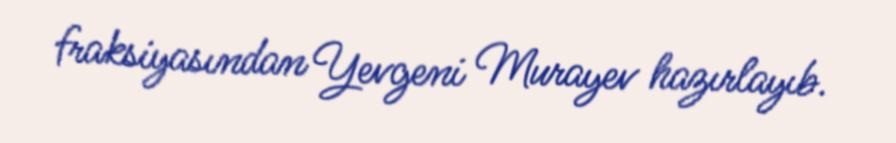
fraksiyasından Yevgeni Murayev hazırlayıb.